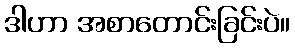
ဒါဟာ အစာတောင်းခြင်းပဲ။